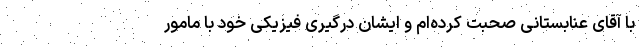
با آقای عنابستانی صحبت کرده‌ام و ایشان درگیری فیزیکی خود با مامور